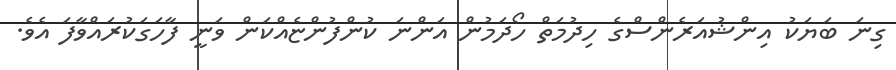
ގިނަ ބަޔަކު އިންޝުއަރެންސްގެ ހިދުމަތް ހޯދަމުން އަންނަ ކުންފުންޏެއްކަން ވަނީ ފާހަގަކުރައްވާފަ އެވެ.